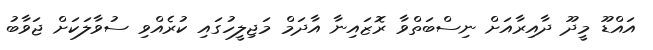
އައްޑޫ މީދޫ ދާއިރާއަށް ނިސްބަތްވާ ރޮޒައިނާ އާދަމް މަޖިލީހުގައި ކުރެއްވި ސުވާލަކަށް ޖަވާބު